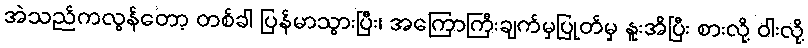
အဲသည်ကလွန်တော့ တစ်ခါ ပြန်မာသွားပြီး၊ အကြောကြီးချက်မှပြုတ်မှ နူးအိပြီး စားလို့ ဝါးလို့